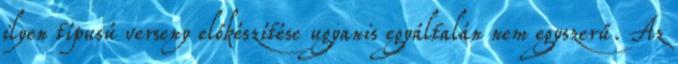
ilyen típusú verseny előkészítése ugyanis egyáltalán nem egyszerű. Az